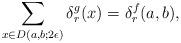
LaTeX: \begin{align*} \sum_{x\in D(a,b;2\epsilon)} \delta^g_r(x)= \delta ^f_r(a,b), \end{align*}